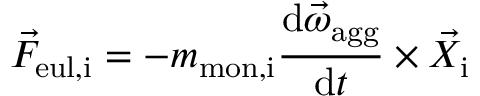
\vec { F } _ { \mathrm { e u l , i } } = - m _ { \mathrm { m o n , i } } \frac { \mathrm { d } \vec { \omega } _ { \mathrm { a g g } } } { \mathrm { d } t } \times \vec { X } _ { \mathrm { i } }